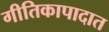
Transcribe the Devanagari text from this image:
गीतिकापादात